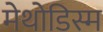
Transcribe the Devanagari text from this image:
मेथोडिस्म